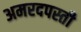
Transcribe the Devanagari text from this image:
अमरदपस्ती